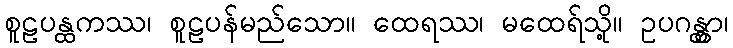
စူဠပန္ထကဿ၊ စူဠပန်မည်သော။ ထေရဿ၊ မထေရ်သို့။ ဥပဂန္တွာ၊